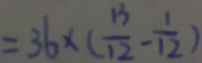
= 3 6 \times ( \frac { 1 3 } { 1 2 } - \frac { 1 } { 1 2 } )